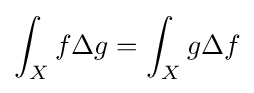
\int _{X}f\Delta g=\int _{X}g\Delta f